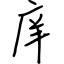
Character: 庠